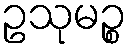
ဥသုမဉ္စ